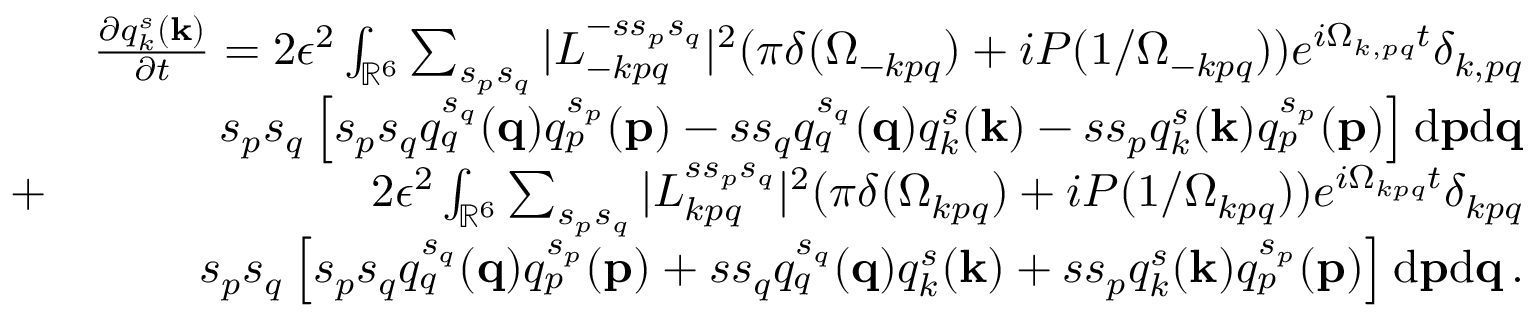
\begin{array} { r l r } & { } & { \frac { \partial q _ { k } ^ { s } ( { \bf k } ) } { \partial t } = 2 \epsilon ^ { 2 } \int _ { { \mathbb { R } } ^ { 6 } } \sum _ { s _ { p } s _ { q } } \vert L _ { - k p q } ^ { - s s _ { p } s _ { q } } \vert ^ { 2 } ( \pi \delta ( \Omega _ { - k p q } ) + i { \cal P } ( 1 / \Omega _ { - k p q } ) ) e ^ { i \Omega _ { k , p q } t } \delta _ { k , p q } } \\ & { } & { s _ { p } s _ { q } \left[ s _ { p } s _ { q } q _ { q } ^ { s _ { q } } ( { \bf q } ) q _ { p } ^ { s _ { p } } ( { \bf p } ) - s s _ { q } q _ { q } ^ { s _ { q } } ( { \bf q } ) q _ { k } ^ { s } ( { \bf k } ) - s s _ { p } q _ { k } ^ { s } ( { \bf k } ) q _ { p } ^ { s _ { p } } ( { \bf p } ) \right] \mathrm { d } { \bf p } \mathrm { d } { \bf q } } \\ & { + } & { 2 \epsilon ^ { 2 } \int _ { { \mathbb { R } } ^ { 6 } } \sum _ { s _ { p } s _ { q } } \vert L _ { k p q } ^ { s s _ { p } s _ { q } } \vert ^ { 2 } ( \pi \delta ( \Omega _ { k p q } ) + i { \cal P } ( 1 / \Omega _ { k p q } ) ) e ^ { i \Omega _ { k p q } t } \delta _ { k p q } } \\ & { } & { s _ { p } s _ { q } \left[ s _ { p } s _ { q } q _ { q } ^ { s _ { q } } ( { \bf q } ) q _ { p } ^ { s _ { p } } ( { \bf p } ) + s s _ { q } q _ { q } ^ { s _ { q } } ( { \bf q } ) q _ { k } ^ { s } ( { \bf k } ) + s s _ { p } q _ { k } ^ { s } ( { \bf k } ) q _ { p } ^ { s _ { p } } ( { \bf p } ) \right] \mathrm { d } { \bf p } \mathrm { d } { \bf q } \, . } \end{array}